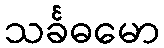
သင်္ခဓမော